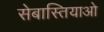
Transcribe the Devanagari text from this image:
सेबास्तियाओ